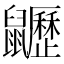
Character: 𪖍